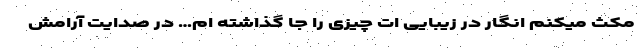
مکث میکنم انگار در زیبایی ات چیزی را جا گذاشته ام… در صدایت آرامش